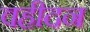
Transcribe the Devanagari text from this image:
वहीदन